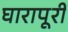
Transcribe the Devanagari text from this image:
घारापूरी